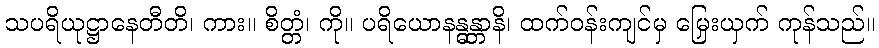
သပရိယုဋ္ဌာနေတီတိ၊ ကား။ စိတ္တံ၊ ကို။ ပရိယောနန္ဓန္တာနိ၊ ထက်ဝန်းကျင်မှ မြှေးယှက် ကုန်သည်။